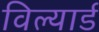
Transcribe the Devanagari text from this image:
विल्यार्ड